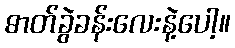
ဓာတ်ခွဲခန်းလေးနဲ့ပေါ့။